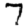
Digit: 7